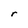
Character: r